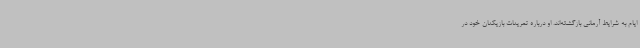
ایام به شرایط آرمانی بازگشته‌اند. او درباره تمرینات بازیکنان خود در